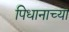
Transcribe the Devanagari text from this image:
पिधानाच्या